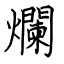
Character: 爛